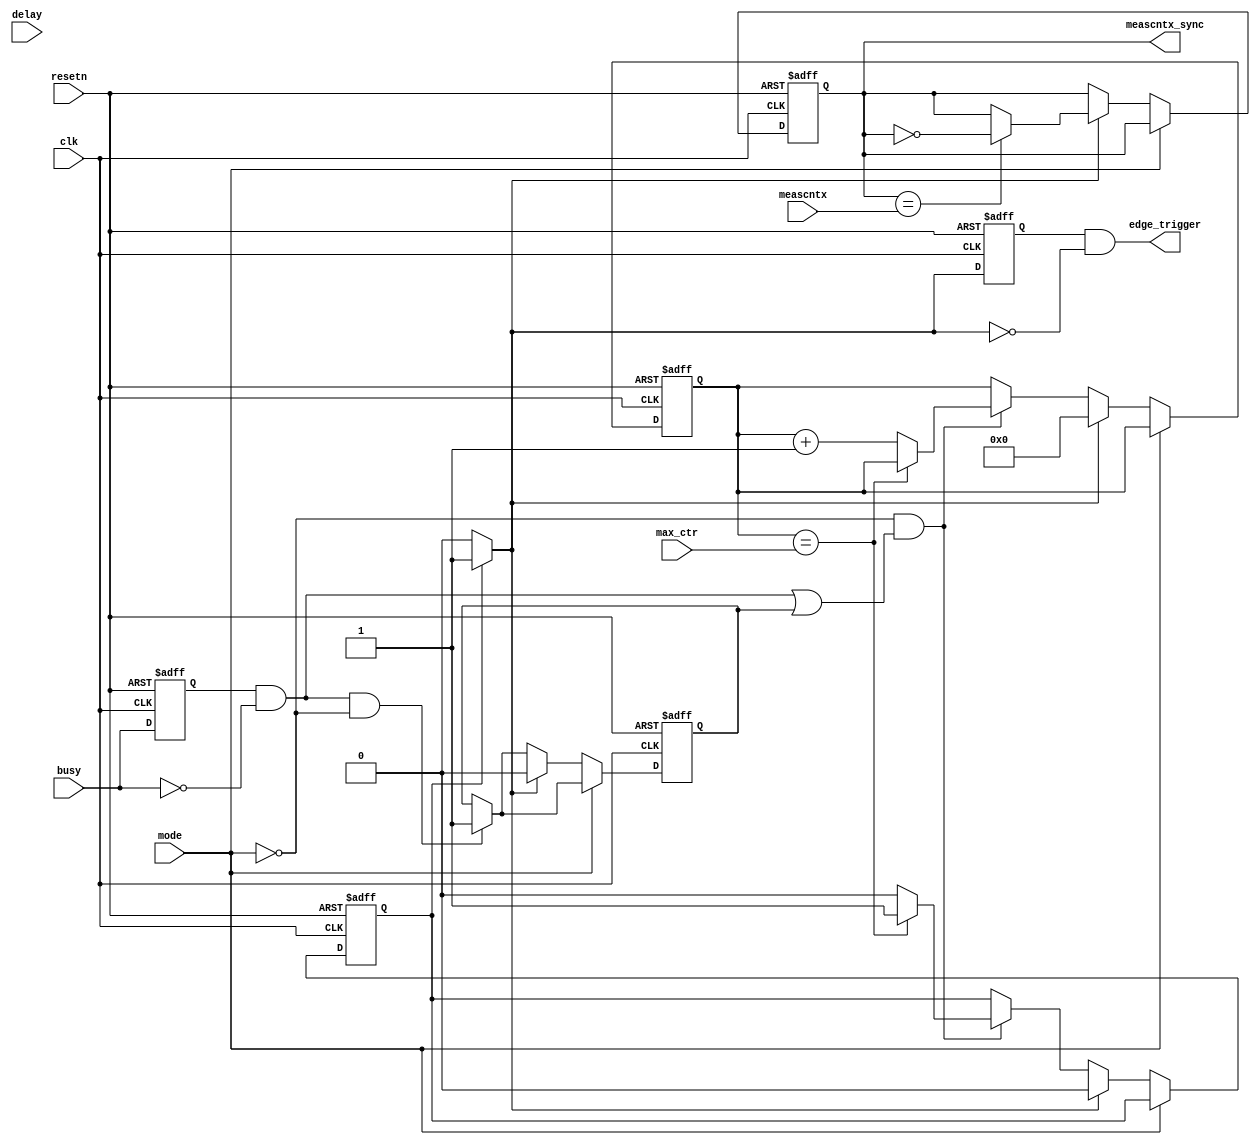
// ***************************************************************************
// ***************************************************************************
// Copyright (C) 2014-2023 Analog Devices, Inc. All rights reserved.
//
// In this HDL repository, there are many different and unique modules, consisting
// of various HDL (Verilog or VHDL) components. The individual modules are
// developed independently, and may be accompanied by separate and unique license
// terms.
//
// The user should read each of these license terms, and understand the
// freedoms and responsibilities that he or she has by using this source/core.
//
// This core is distributed in the hope that it will be useful, but WITHOUT ANY
// WARRANTY; without even the implied warranty of MERCHANTABILITY or FITNESS FOR
// A PARTICULAR PURPOSE.
//
// Redistribution and use of source or resulting binaries, with or without modification
// of this file, are permitted under one of the following two license terms:
//
//   1. The GNU General Public License version 2 as published by the
//      Free Software Foundation, which can be found in the top level directory
//      of this repository (LICENSE_GPL2), and also online at:
//      <https://www.gnu.org/licenses/old-licenses/gpl-2.0.html>
//
// OR
//
//   2. An ADI specific BSD license, which can be found in the top level directory
//      of this repository (LICENSE_ADIBSD), and also on-line at:
//      https://github.com/analogdevicesinc/hdl/blob/master/LICENSE_ADIBSD
//      This will allow to generate bit files and not release the source code,
//      as long as it attaches to an ADI device.
//
// ***************************************************************************
// ***************************************************************************

`timescale 1ns/100ps

module pristis_sync (
  input        clk,
  input        resetn,

  input        busy,
  input [31:0] delay, 
  input        meascntx,
  input        mode,
  input [31:0] max_ctr,


  output       edge_trigger,
  output       meascntx_sync
);

  wire       trigger;
  wire       edge_busy;
  reg        temp_busy = 0;
  reg        temp_trigger = 0;
  reg        enable_delay = 0;
  reg        enable_sync = 0;
  reg        meascnt0 = 1;
  reg [31:0] ctr = 0;

  assign trigger = (enable_sync) ? 1: 0;
  assign edge_busy = temp_busy && !busy;
  assign edge_trigger = temp_trigger && !trigger;
  assign meascntx_sync = (meascntx || !meascntx) ? meascnt0: 1;

  always @(posedge clk or negedge resetn) begin
    if (!resetn) begin
      temp_busy <= 0;
      temp_trigger <= 0;
      enable_delay <= 0;
      enable_sync <= 0;
      meascnt0 <= 1;
      ctr <= 0;
    end else begin
      temp_busy <= busy;
      temp_trigger <= trigger;


      if (edge_busy && !mode) begin
        enable_delay <= 1;
      end
      if (!mode) begin  
        if (!mode && (edge_busy || enable_delay)) begin
          if (ctr == max_ctr)begin
            enable_sync <= 1;
          end else begin
            enable_sync = 0;
            ctr <= ctr + 1;
          end
        end
        if (trigger) begin
          if (meascnt0 == meascntx) begin
            meascnt0 <= ~meascnt0;
          end
          enable_delay <= 0;
          enable_sync <= 0;
          ctr <= 0;
        end
      end
    end
  end

endmodule